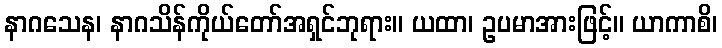
နာဂသေန၊ နာဂသိန်ကိုယ်တော်အရှင်ဘုရား။ ယထာ၊ ဥပမာအားဖြင့်။ ယာကာစိ၊